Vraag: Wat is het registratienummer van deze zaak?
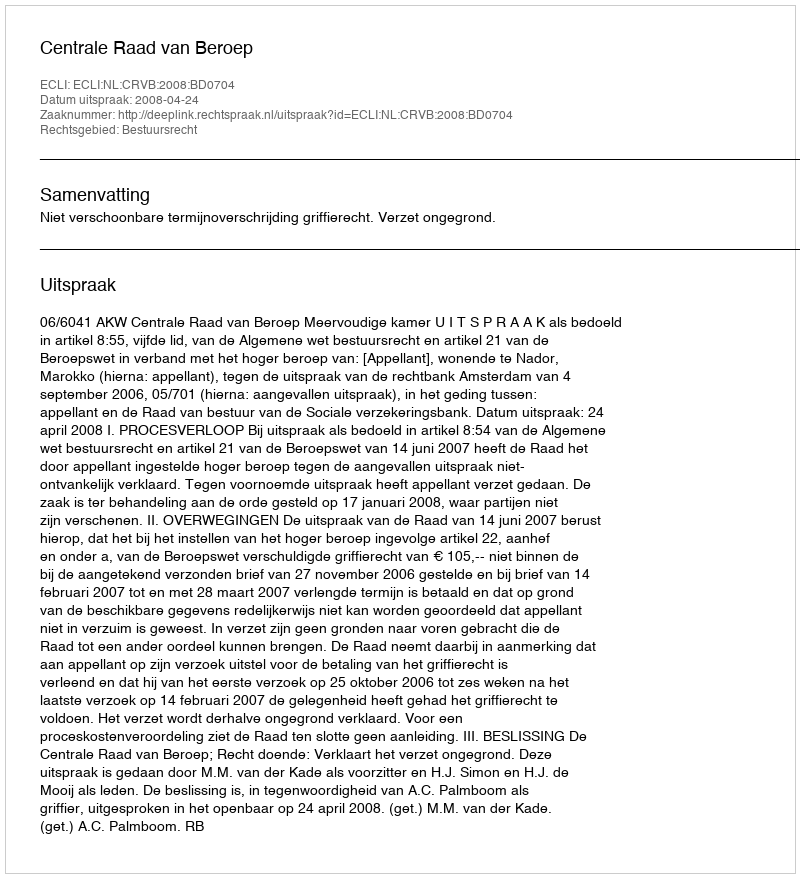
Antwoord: http://deeplink.rechtspraak.nl/uitspraak?id=ECLI:NL:CRVB:2008:BD0704